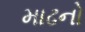
માઢનો